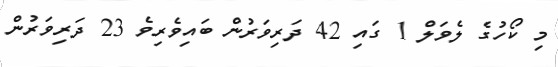
މި ކޯހުގެ ލެވަލް 1 ގައި 42 ދަރިވަރުން ބައިވެރިވެ 23 ދަރިވަރުން